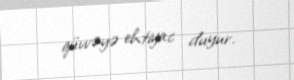
qüvvəyə ehtiyac duyur.